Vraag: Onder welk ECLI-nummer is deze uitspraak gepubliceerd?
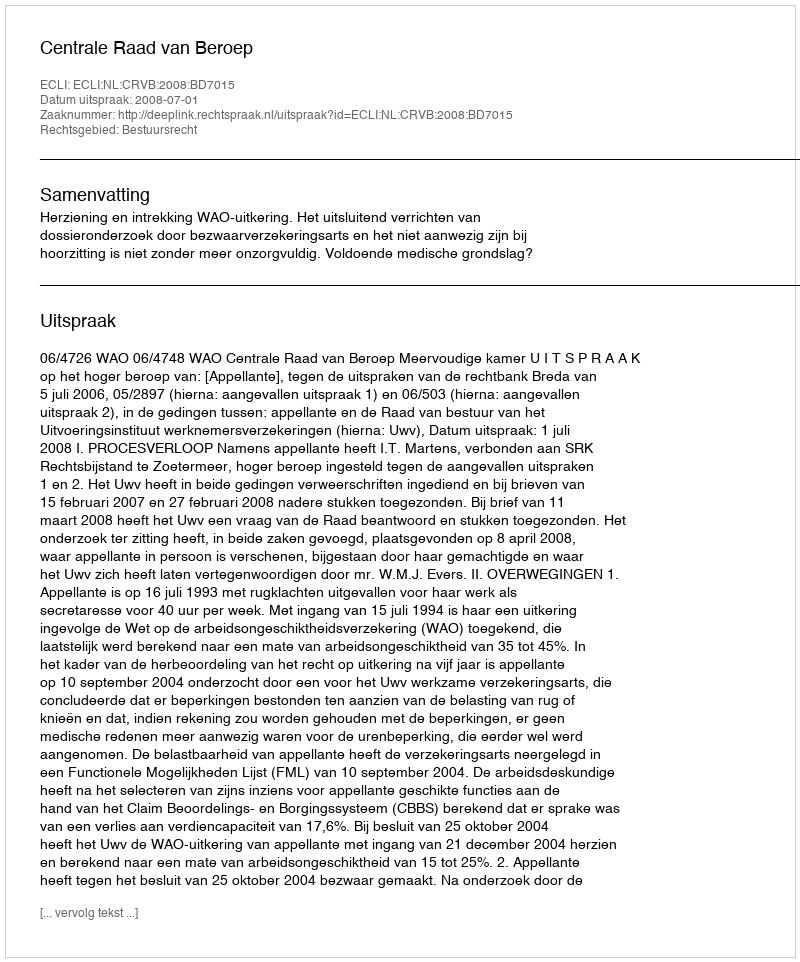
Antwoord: ECLI:NL:CRVB:2008:BD7015